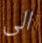
الى